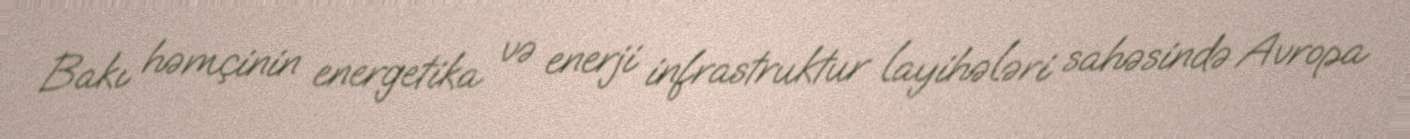
Bakı həmçinin energetika və enerji infrastruktur layihələri sahəsində Avropa